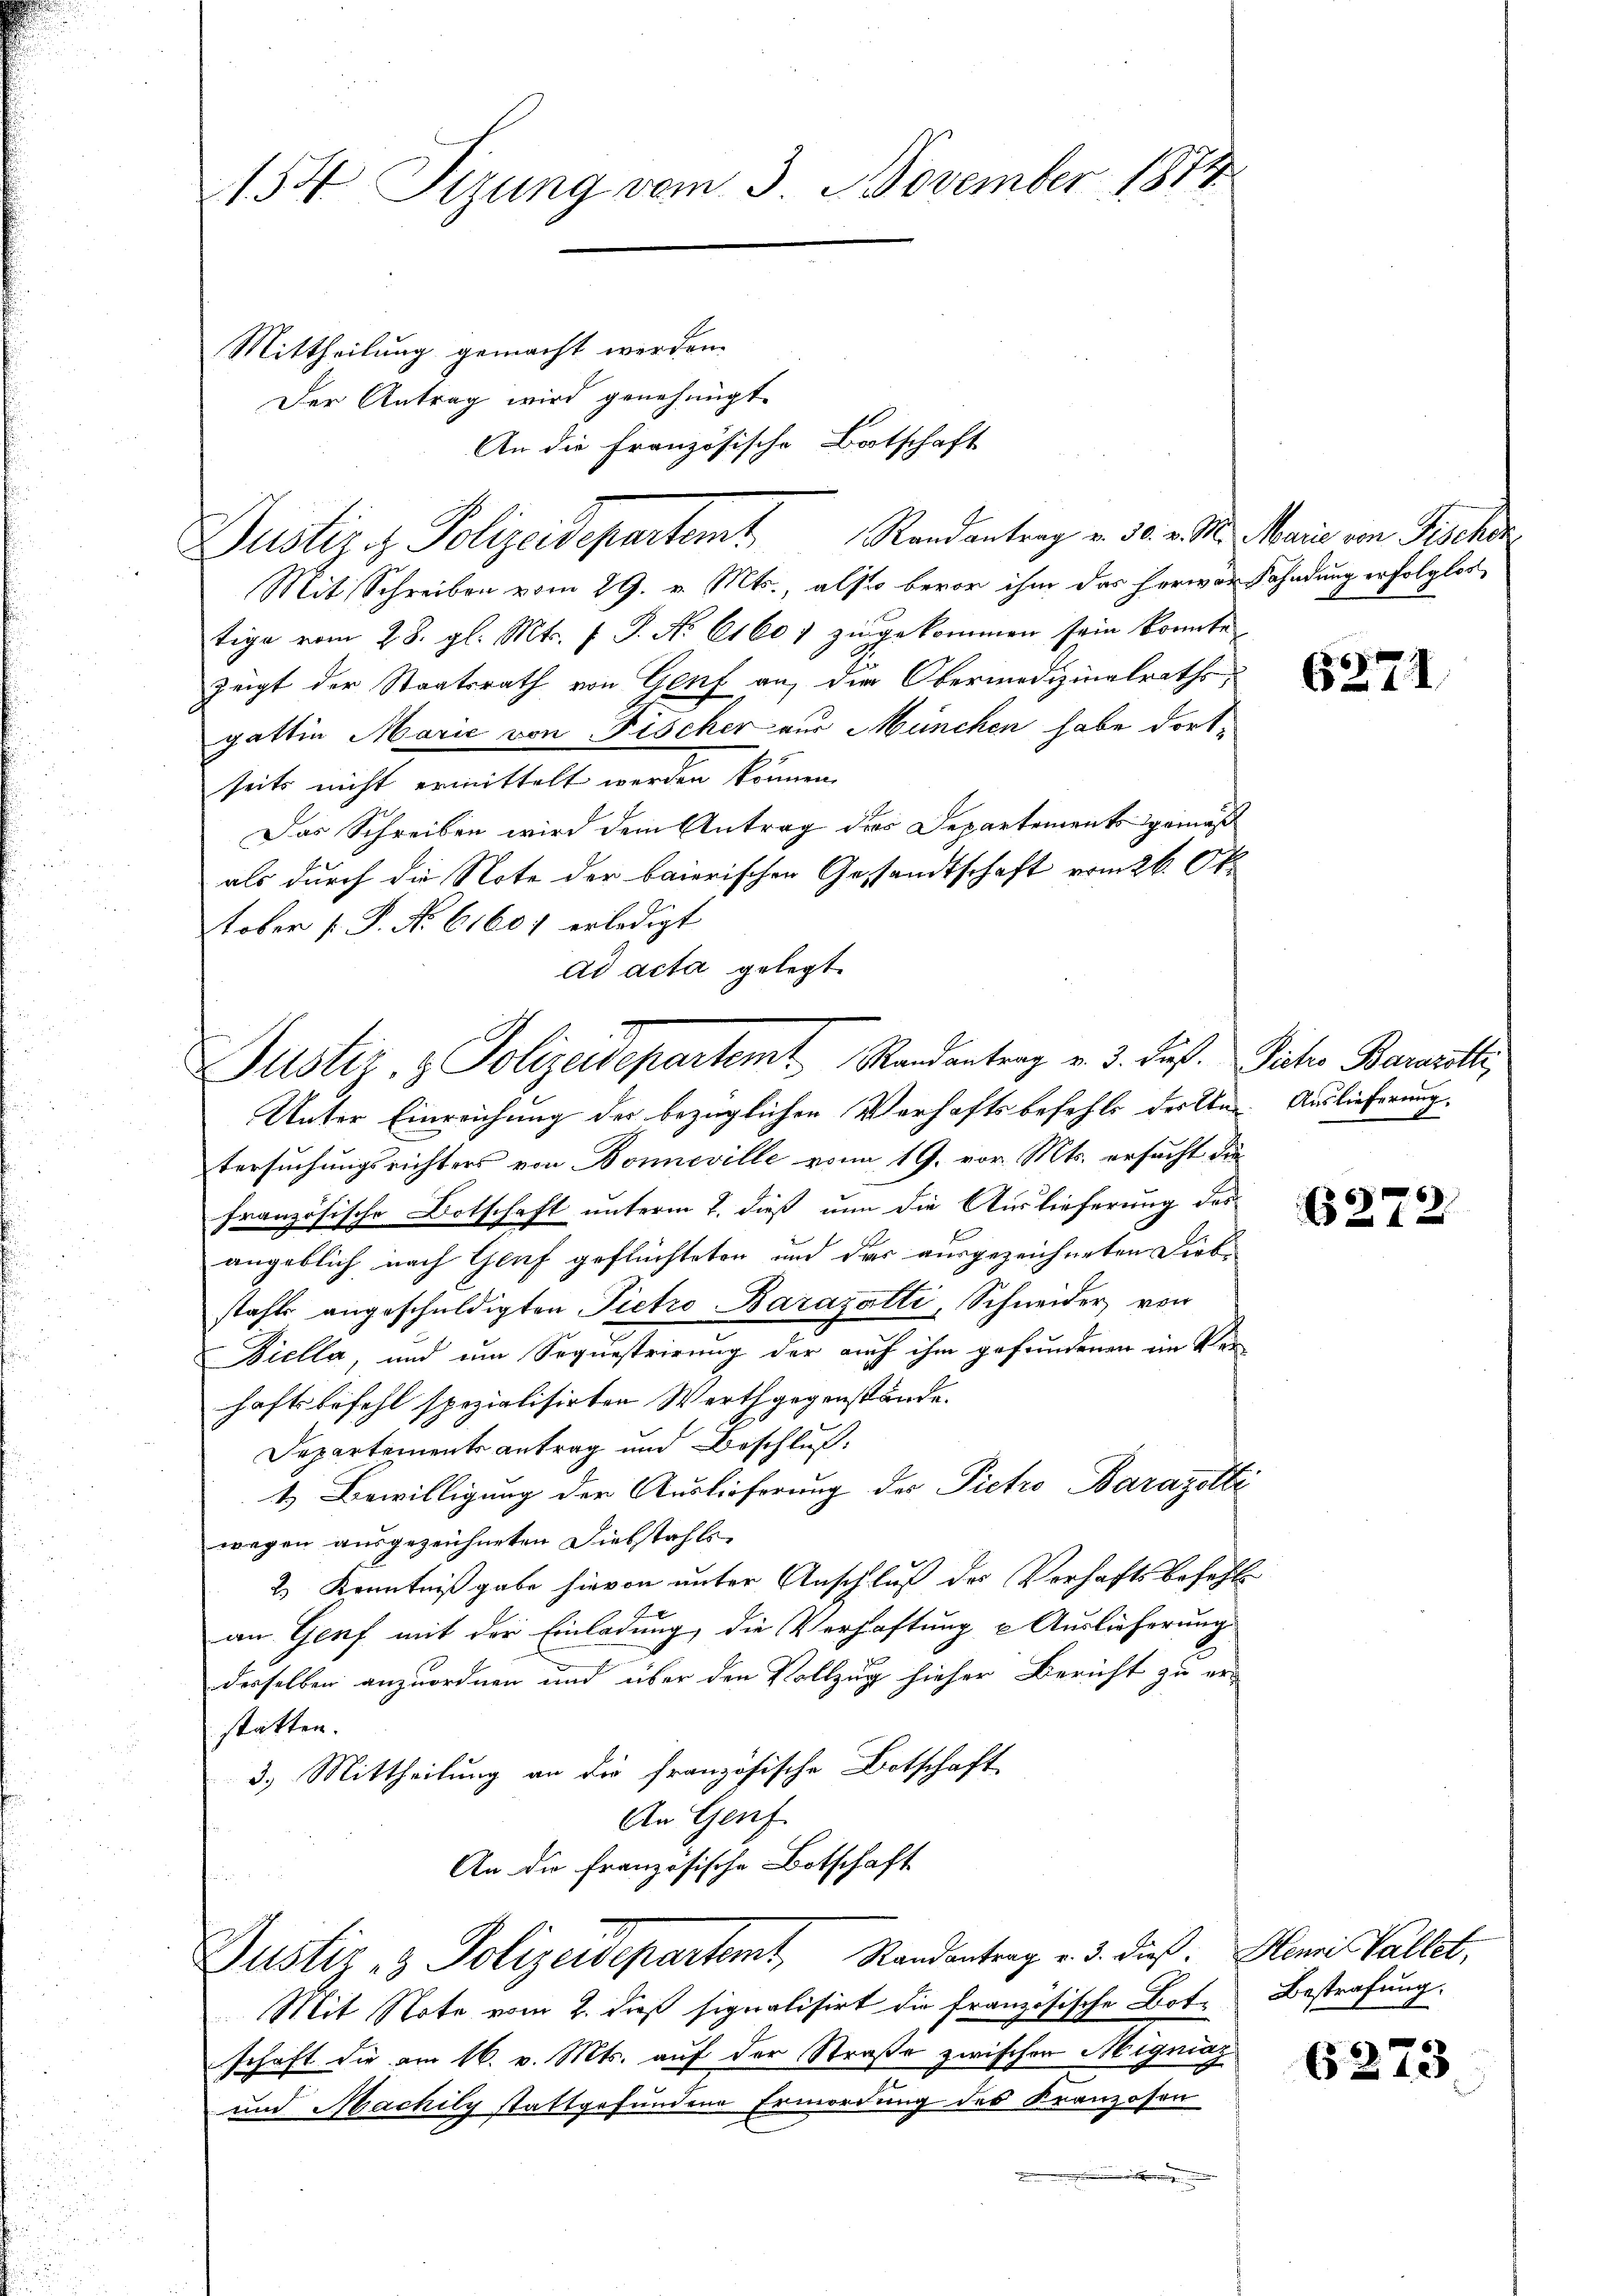
154 Tizung vom 3. November 1814.

Mittheilung gemacht werden.
Der Antrag wird genehmigt.
Mit Schreiben vom 29. v. Mts., also bevor ihm das herwar
tige vom 28. gl. Mts. f. P. Nr. 61607 zŭgekommen sein konnte
zeigt der Staatsrath von Genf an, der Obermedizinalrathsgattin Marie von Fischer aus München habe dortseits nicht ermittelt werden können.
Das Schreiben wird dem Antrag das Departements gemäß
als durch die Note der baierischen Gesandtschaft vom 26. Ok
tober P. No. 61601 erledigt
ad acta gelegt.
Unter Einreichung der bezüglichen Verhaftsbefehls des Une Auslieferung.
tersuchungsrichters von Bonneville vom 19. vor. Mts. ersucht die
französische Botschaft unterm 2. dieß nun die Auslieferung des
angeblich nach Genf geflüchteten und das ausgezeichneten Diebstahls angeschuldigten Pietro Barajetti, Schneider, von
Diella, und um Sequestrirung der auch ihm gefundenen im Verhaftsbefehl spezialisirten Werthgegenstände.
Departements antrag und Beschluß.
1. Bewilligung der Auslieferung der Pietro Barazette
wegen ausgezeichneten Diebstahls
2.) Kenntnißgabe hievon unter Anschluß des Verhaftsbefehls
an Genf mit der Einladung, die Verhaftung u Auslieferung
derselben anzuordnen und über den Vollzug hieher Bericht zu er-
statten.
3.) Mittheilung an die französische Botschaft
An Genf
An die Französische Botschaft
Justiz- & Polizeidepartemt, Randantrag v. 3. dieß. Senni Vallet,
Mit Note vom 2. dieß signalisirt die französische Botschaft die am 16. v. Mts. auf der Straße zwischen Migniag
und Machily stattgefundene Ermordung des Kranzosen

Justiz- & Polizeidepartemt Randantrag v. 3. dieß. Sicher Bantl,

Justiz in Polizeidepartent Randentrag v. 30. v. M.

An die Französische Botschaft

Marie von Fischen
Fahndung erfolglos

6271.

6272

Bestrafung.

6273